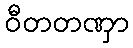
ဝီတတဏှာ